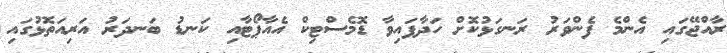
ރާއްޖޭގައި އެންމެ ފެންވަރު ރަނގަޅުކޮށް ހަދާފައިވާ ޑޮމެސްޓިކް އެއާޕޯޓާއި ކަނޑު ބަނދަރު އަރިއަތޮޅުގައި